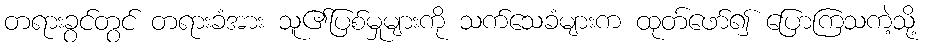
တရားခွင်တွင် တရားခံအား သူ၏ပြစ်မှုများကို သက်သေခံများက ထုတ်ဖော်၍ ပြောကြသကဲ့သို့